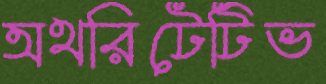
অথরিটেটিভ